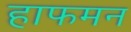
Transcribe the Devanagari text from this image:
हाफमन